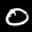
Label: 0